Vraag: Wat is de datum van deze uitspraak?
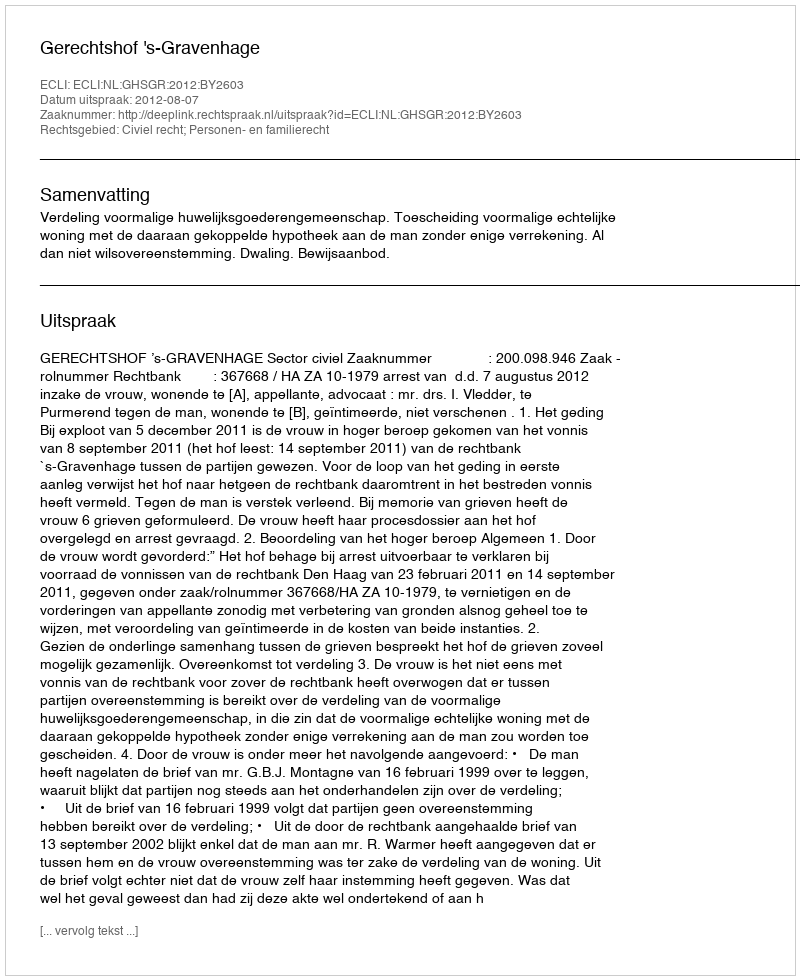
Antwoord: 2012-08-07